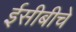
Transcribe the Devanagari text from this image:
ईसीबीचे